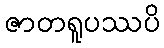
ဇာတရူပဿပိ